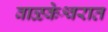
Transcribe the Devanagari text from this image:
वाळकेश्वरात